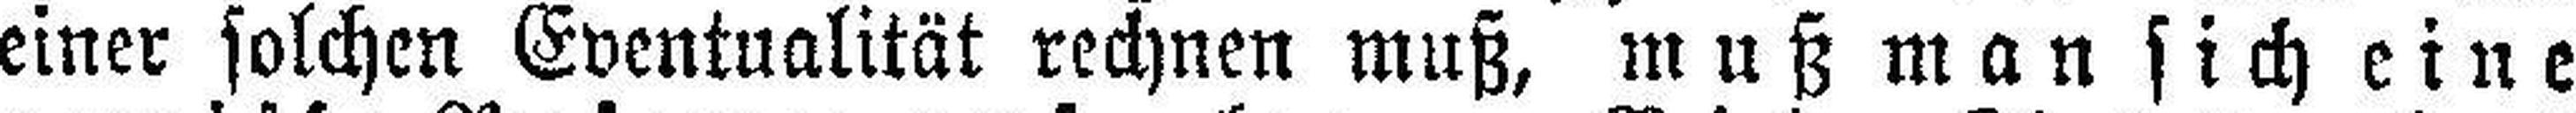
einer solchen Eventualität rechnen muß, muß man sich eine